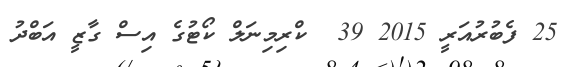
25 ފެބުރުއަރީ 2015 39  ކްރިމިނަލް ކޯޓުގެ އިސް ގާޒީ އަބްދު